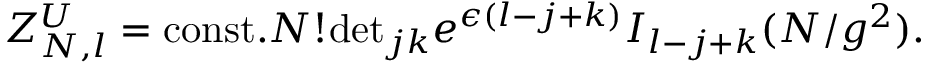
Z _ { N , l } ^ { U } = \mathrm { c o n s t . } N ! \mathrm { d e t } _ { j k } e ^ { \epsilon ( l - j + k ) } I _ { l - j + k } ( N / g ^ { 2 } ) .